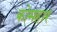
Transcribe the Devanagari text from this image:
कोमहार